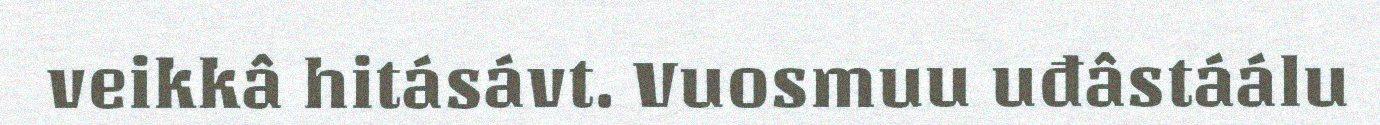
veikkâ hitásávt. Vuosmuu uđâstáálu